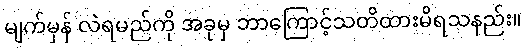
မျက်မှန် လဲရမည်ကို အခုမှ ဘာကြောင့်သတိထားမိရသနည်း။